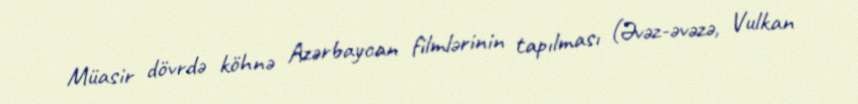
Müasir dövrdə köhnə Azərbaycan filmlərinin tapılması (Əvəz-əvəzə, Vulkan